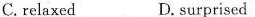
C. relaxed D. Surprisei